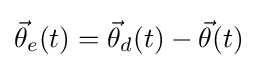
{\vec {\theta }}_{e}(t)={\vec {\theta }}_{d}(t)-{\vec {\theta }}(t)